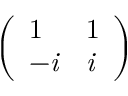
\left( \begin{array} { l l } { 1 } & { 1 } \\ { - \it { i } } & { \it { i } } \end{array} \right)